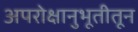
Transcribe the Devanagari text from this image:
अपरोक्षानुभूतीतून